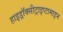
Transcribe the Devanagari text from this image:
हाइड्रॉक्सीट्राइप्टामाइन